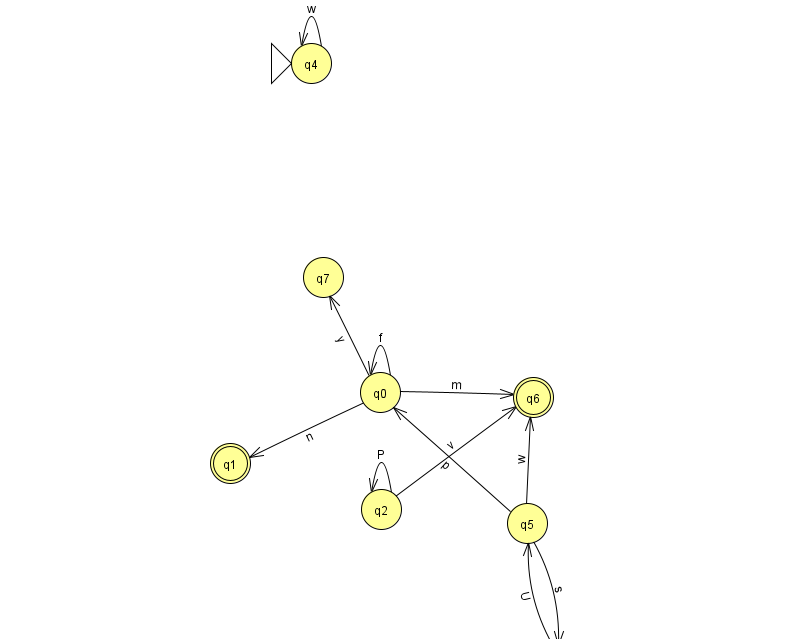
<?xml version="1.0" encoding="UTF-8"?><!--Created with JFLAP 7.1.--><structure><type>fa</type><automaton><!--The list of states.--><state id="0" name="q0"><x>380.0</x><y>379.0</y></state><state id="1" name="q1"><x>230.0</x><y>450.0</y><final/></state><state id="2" name="q2"><x>381.0</x><y>496.0</y></state><state id="3" name="q3"><x>559.0</x><y>651.0</y></state><state id="4" name="q4"><x>311.0</x><y>50.0</y><initial/></state><state id="5" name="q5"><x>527.0</x><y>510.0</y></state><state id="6" name="q6"><x>533.0</x><y>384.0</y><final/></state><state id="7" name="q7"><x>323.0</x><y>264.0</y></state><!--The list of transitions.--><transition><from>2</from><to>2</to><read>P</read></transition><transition><from>5</from><to>3</to><read>s</read></transition><transition><from>2</from><to>6</to><read>v</read></transition><transition><from>0</from><to>0</to><read>f</read></transition><transition><from>0</from><to>7</to><read>y</read></transition><transition><from>3</from><to>5</to><read>U</read></transition><transition><from>4</from><to>4</to><read>w</read></transition><transition><from>0</from><to>1</to><read>n</read></transition><transition><from>0</from><to>6</to><read>m</read></transition><transition><from>5</from><to>0</to><read>p</read></transition><transition><from>5</from><to>6</to><read>w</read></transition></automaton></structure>